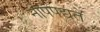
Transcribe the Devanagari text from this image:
नोपपद्यते